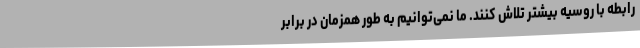
رابطه با روسیه بیشتر تلاش کنند. ما نمی‌توانیم به طور همزمان در برابر